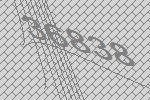
36838